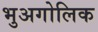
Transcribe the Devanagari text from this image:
भुअगोलिक